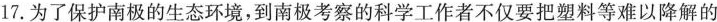
17.为了保护南极的生态环境，到南极考察的科学工作者不仅要把塑料等难以降解的